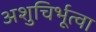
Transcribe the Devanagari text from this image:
अशुचिर्भूत्वा